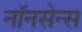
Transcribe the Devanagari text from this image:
नॉनसेन्स